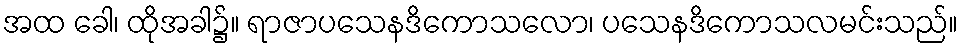
အထ ခေါ၊ ထိုအခါ၌။ ရာဇာပသေနဒိကောသလော၊ ပသေနဒိကောသလမင်းသည်။